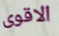
الاقوى